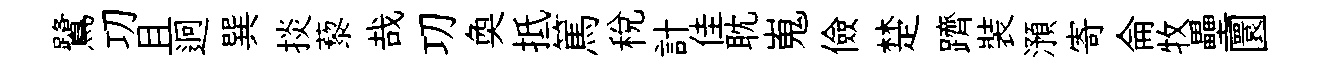
鷺㓛且迥巽掞藜哉㓛奐抵篤税計佳耽嵬儉楚躋裝澦寄侖牧壘圜